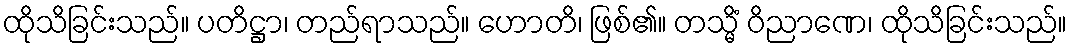
ထိုသိခြင်းသည်။ ပတိဋ္ဌာ၊ တည်ရာသည်။ ဟောတိ၊ ဖြစ်၏။ တသ္မိံ ဝိညာဏေ၊ ထိုသိခြင်းသည်။